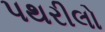
પથરીલો